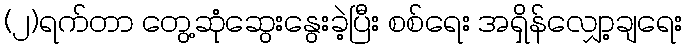
(၂)ရက်တာ တွေ့ဆုံဆွေးနွေးခဲ့ပြီး စစ်ရေး အရှိန်လျှော့ချရေး